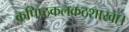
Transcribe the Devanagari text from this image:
कपिष्ठकलकठशाखा।